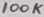
Text: 100K